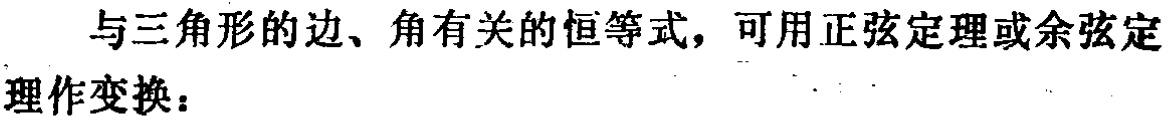
与三角形的边、角有关的恒等式，可用正弦定理或余弦定理作变换：